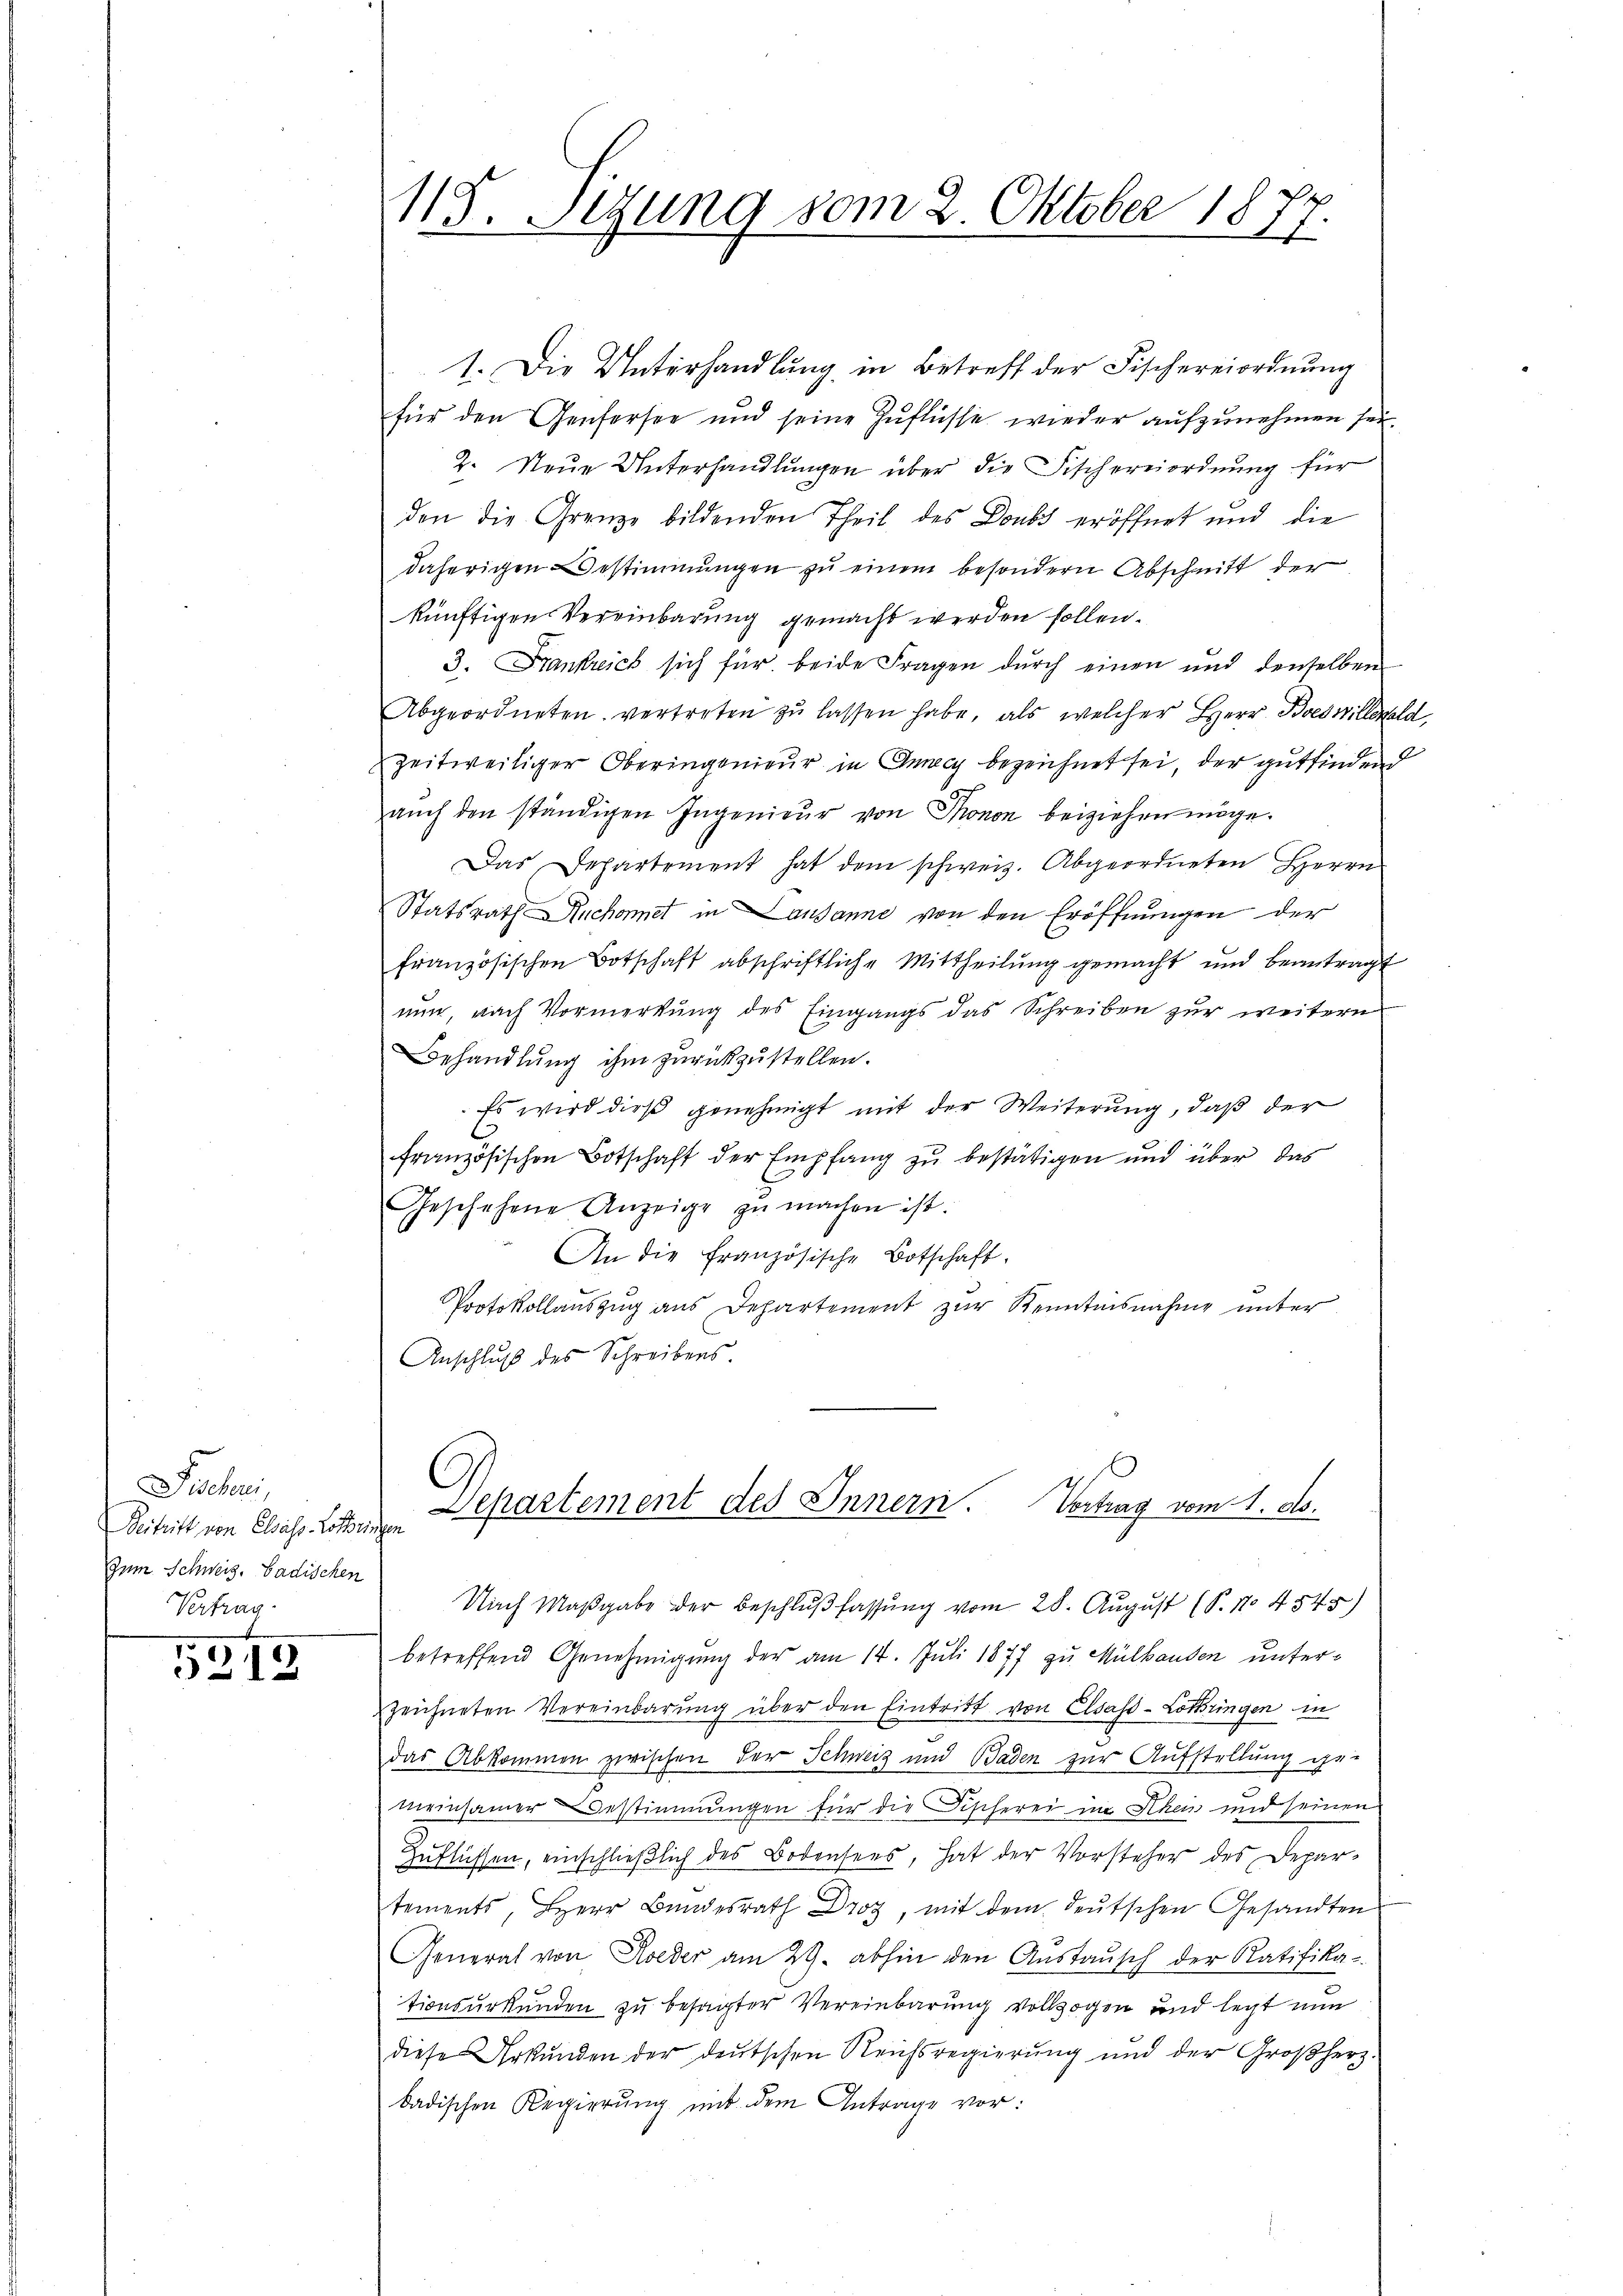
Fischen,
Beitritt von Elsass-Lothrin
Zum Schweiz. badischen
Vertrag.

5212

115. Sigung vom 2. Oktober 1877.

1. Die Unterhandlung in Betreff der Fischereiordnŭng
für den Genfersee und seine Zuflüsse wieder aufzunehmen sei.
2. Neue Unterhandlungen über die Fischereiordnung für
den die Grenze bildenden Theil des Doubi eröffnet und die
daherigen Bestimmungen zu einem besondern Abschnitt der
künftigen Vereinbarung gemacht werden sollen.
3. Frankreich sich für beide Fragen durch einen und denselben
Abgeordneten vertreten zŭ lassen habe, als welcher Herr Boeswillenald
zeitweiliger Oberingenieur in Anny bezeichnet sei, der gutfinden
aŭch den ständigen Ingenieŭr von Thonon beiziehen möge.
Das Departement hat dem schweiz. Abgeordneten Herrn
Statsrath Ruchornet in Lausanne von den Eröffnungen der
französischen Botschaft abschriftliche Mittheilung gemacht und beantragt
nun, nach Vormerkung des Eingangs das Schreiben zur weitern
Behandlŭng ihm zurückzustellen.
Es wird dieß genehmigt mit der Weiterung, daß der
französischen Botschaft der Empfang zu bestätigen und über das
Geschehene Anzeige zŭ machen ist.
An die französische Botschaft.
Protokollauszug aus Departement zur Kenntnisnahme unter
Anschluß des Schreibens.
Dchartement des Innern. Vertrag vom 1. d.
¬
Nach Maßgabe der Beschlußfassung vom 28. August (S. 11. 4545)
betreffend Genehmigung der am 14. Juli 1877 zu Mülhausen unterzeichneten Vereinbarung über den Eintritt von Elsaß-Lothringen in
das Abkommen zwischen der Schweiz und Baden zur Aufstellung ge-
meinsamer Bestimmungen für die Fischerei im Rhein und seinen
Zuflüssen, einschlieβlich des Bodensees, hat der Vorsteher des Depar-
tements, Herr Bundesrath Droz, mit dem deutschen Gesandten
General von Rieder am 29. abhin den Anstaŭsch der Ratifika-
tionsurkunden zu besagter Vereinbarung vollzogen und legt nun
diese Urkunden der deutschen Reichsregierŭng und der Großherz-
badischen Regierung mit dem Antrage vor: